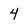
Character: 4